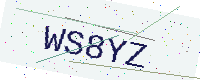
Text: WS8YZ